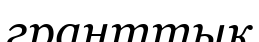
гранттық